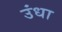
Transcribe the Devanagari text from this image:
उंधा